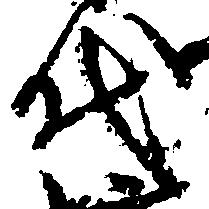
代